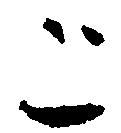
こ